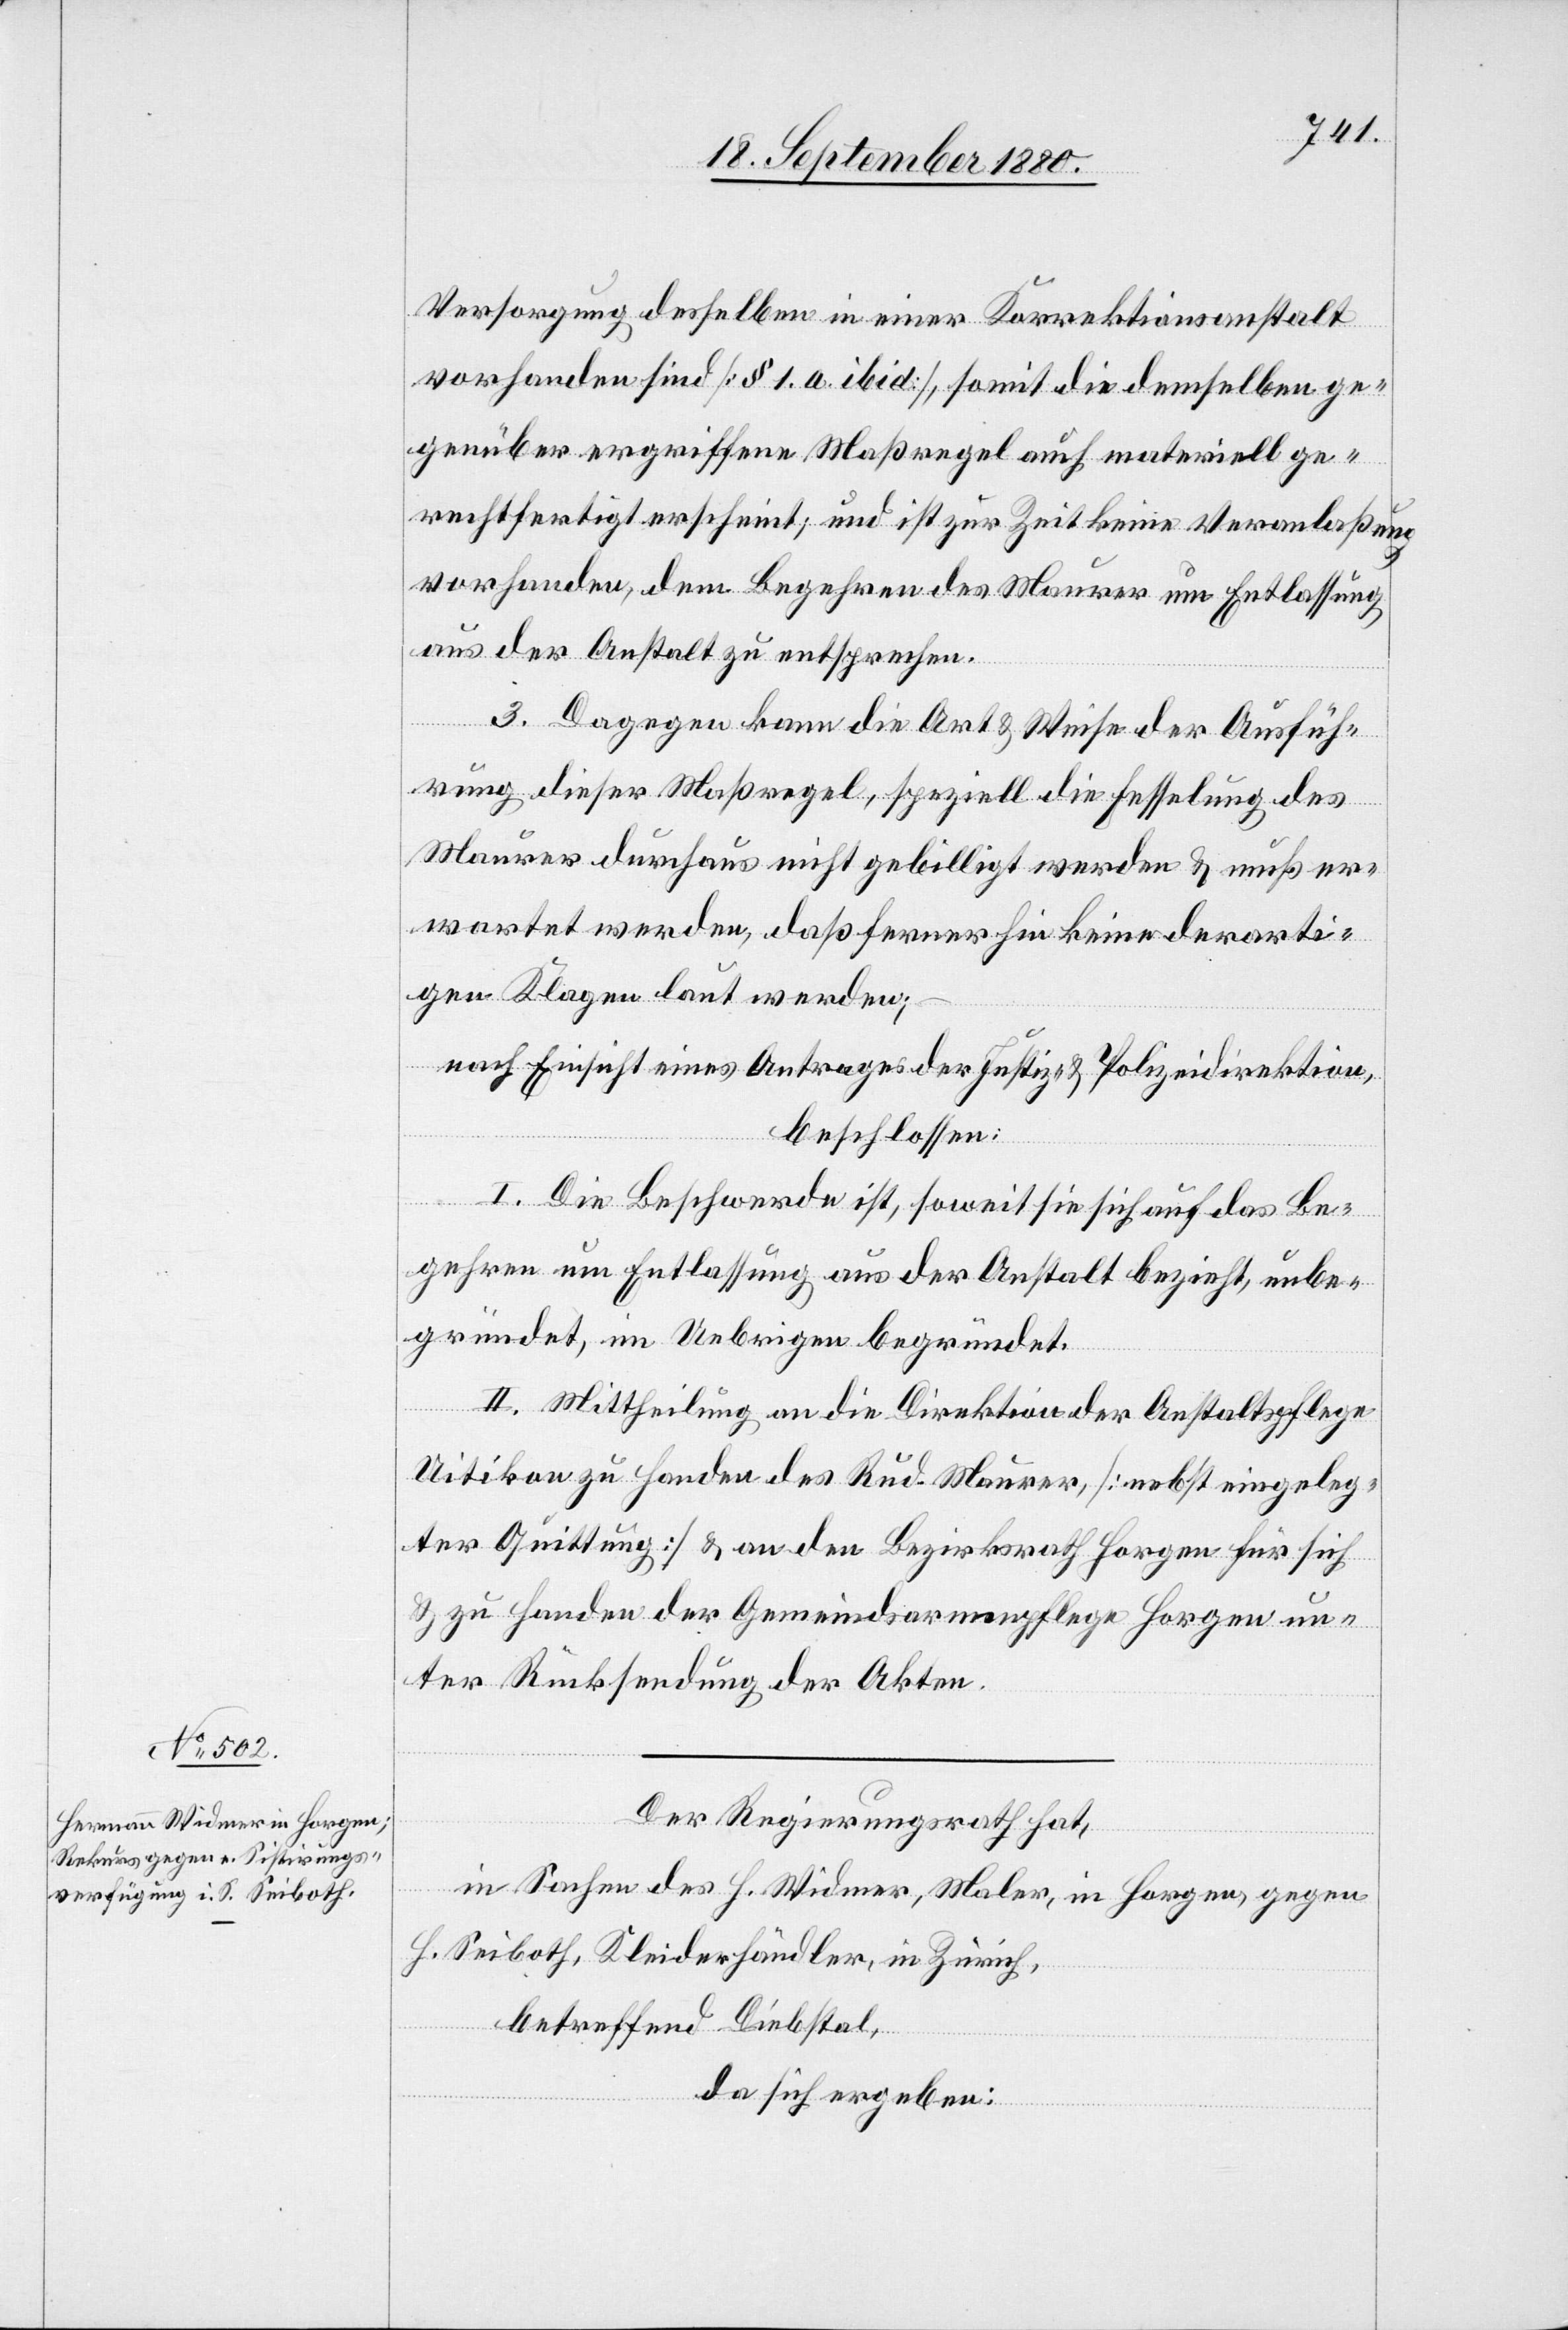
Versorgung desselben in einer Korrektionsanstalt
vorhanden sind [§ 1. a. ibid], somit die demselben ge¬
genüber ergriffene Maßregel auch materiell ge¬
rechtfertigt erscheint, und ist zur Zeit keine Veranlaßung
vorhanden, dem Begehren des Maurer um Entlassung,
aus der Anstalt zu entsprechen.
3. Dagegen kann die Art & Weise der Ausfüh¬
rung dieser Maßregel, speziell die Fesselung des
Maurer durchaus nicht gebilligt werden & muß er¬
wartet werden, daß ferner hin keine derarti¬
gen Klagen laut werden;
nach Einsicht eines Antrages der Justiz- & Polizeidirektion,
beschlossen:
der Akten.
I. Die Beschwerde ist, soweit sie sich auf das Be¬
gehren um Entlassung aus der Anstalt bezieht, unbe¬
gründet, im Uebrigen begründet.
II. Mittheilung an die Direktion der Anstaltspflege
Uitikon zu Handen des Rud. Maurer, [nebst eingeleg¬
ter Quittung] & an den Bezirksrath Horgen unter Rüc¬